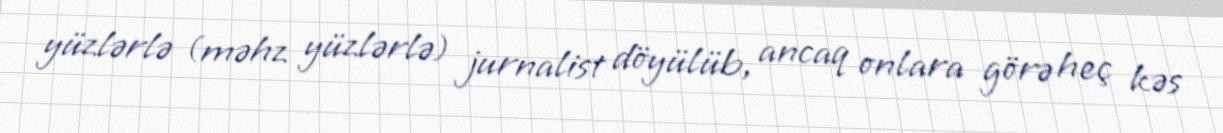
yüzlərlə (məhz yüzlərlə) jurnalist döyülüb, ancaq onlara görə heç kəs